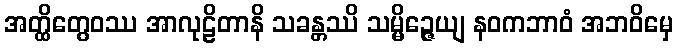
အတ္ထိတွေဝဿ အာလုဠိတာနိ သခန္တဿိ သမ္မိဉ္ဇေယျ နဝကဘာဝံ အဘဝိမှေ